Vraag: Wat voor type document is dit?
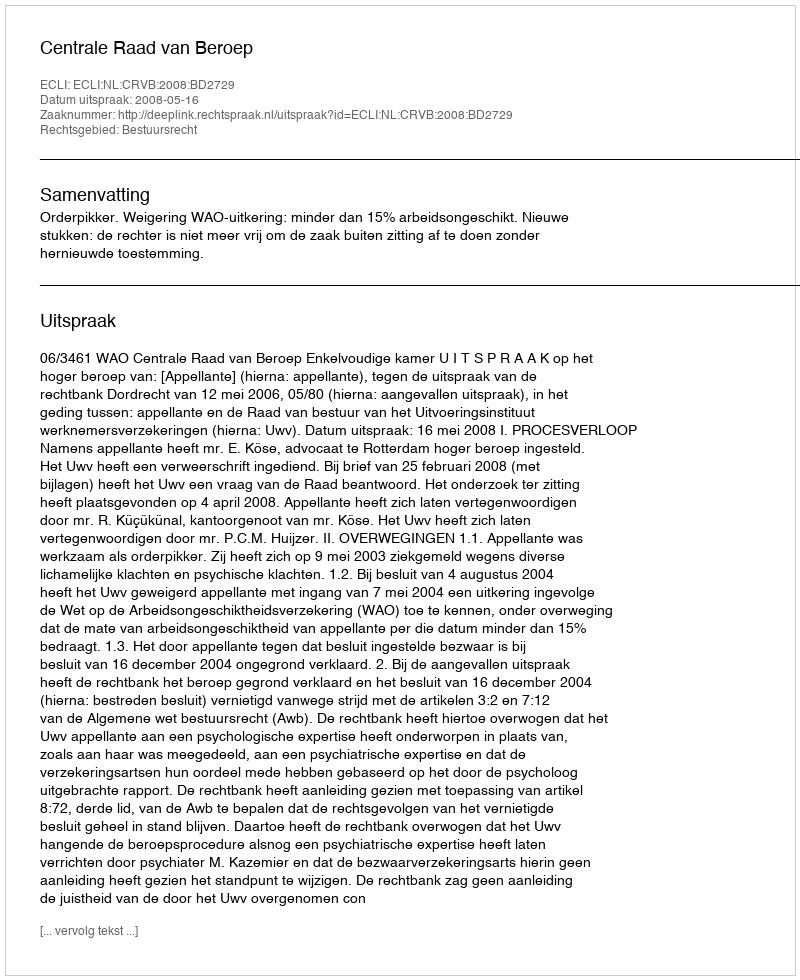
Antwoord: Uitspraak